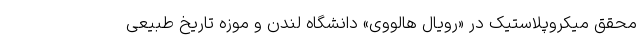
محقق میکروپلاستیک در «رویال هالووی» دانشگاه لندن و موزه تاریخ طبیعی